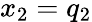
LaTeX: x_{2}=q_{2}